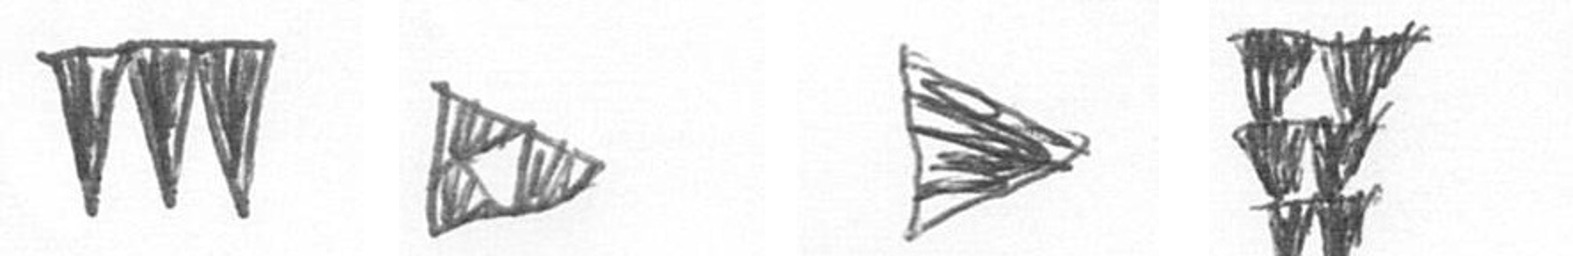
L K T Y